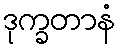
ဒုက္ခတာနံ